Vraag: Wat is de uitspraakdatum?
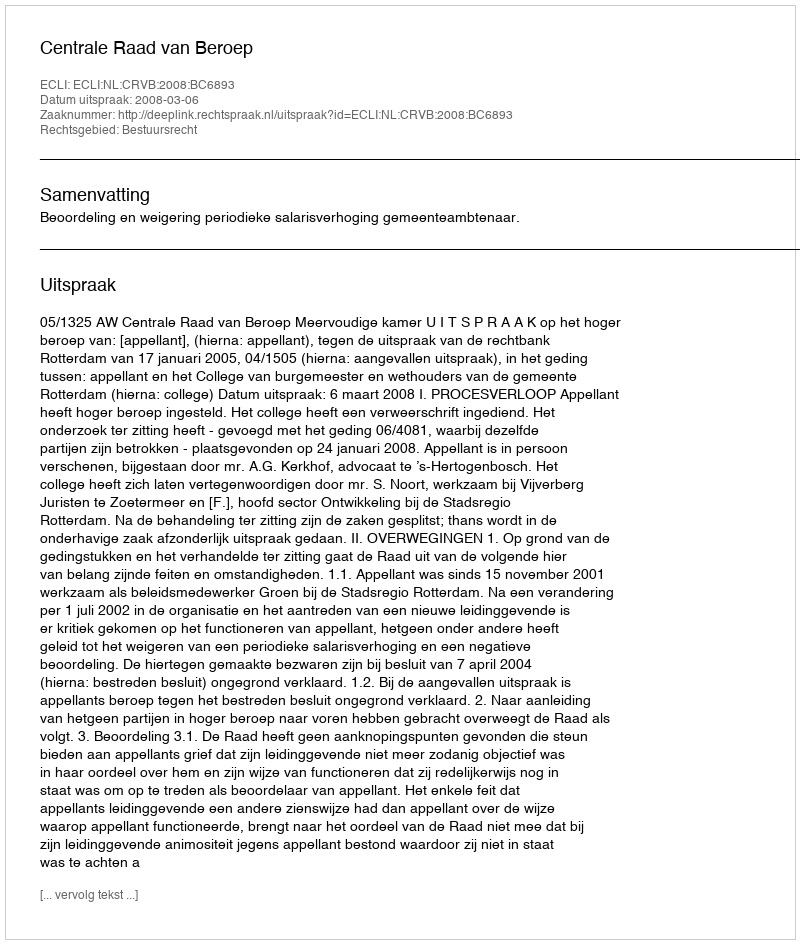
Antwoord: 2008-03-06